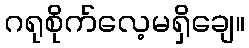
ဂရုစိုက်လေ့မရှိချေ။